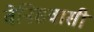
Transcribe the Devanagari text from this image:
वेनिसवासी